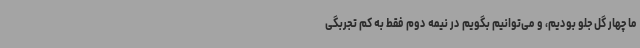
ما چهار گل جلو بودیم، و می‌توانیم بگویم در نیمه دوم فقط به کم تجربگی